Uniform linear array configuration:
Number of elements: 16
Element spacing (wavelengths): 0.5
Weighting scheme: exponential
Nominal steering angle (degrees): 30
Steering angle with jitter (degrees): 29.928
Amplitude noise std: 0.05
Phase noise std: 0.05

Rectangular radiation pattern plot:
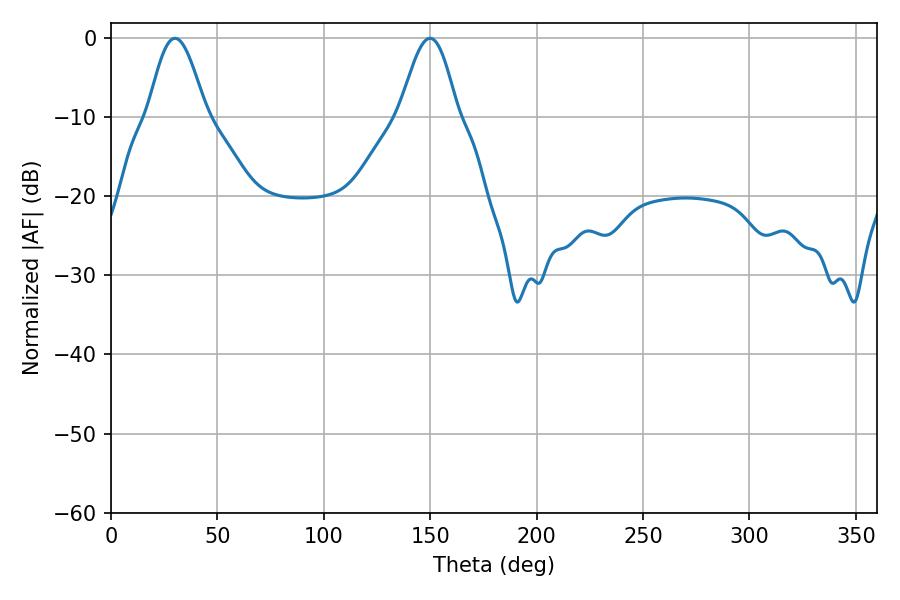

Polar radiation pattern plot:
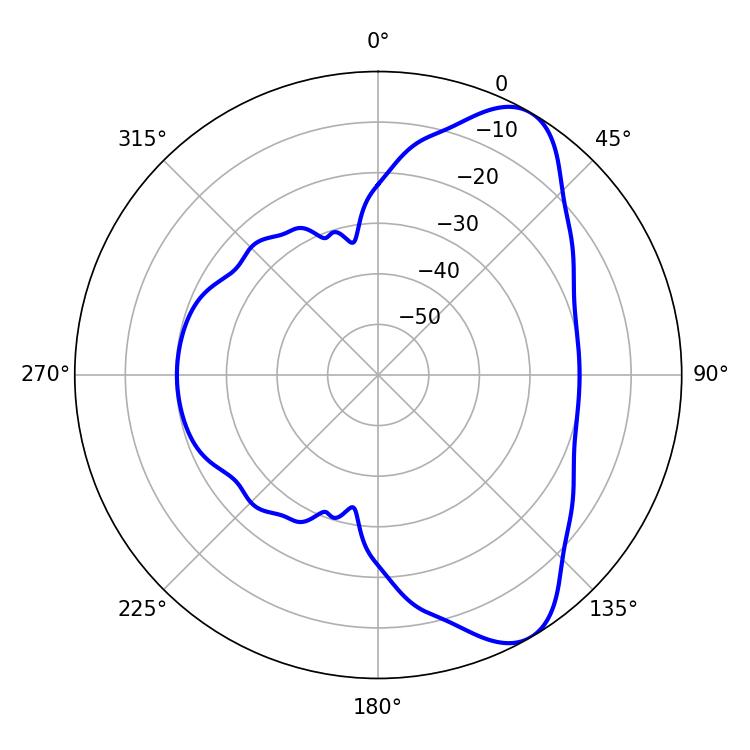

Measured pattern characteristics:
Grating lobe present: FALSE
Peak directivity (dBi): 8.083
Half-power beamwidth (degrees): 14.58
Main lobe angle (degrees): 30.06